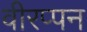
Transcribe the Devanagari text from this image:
वीरप्पन